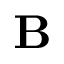
\mathbf { B }